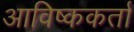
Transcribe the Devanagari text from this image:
आविष्ककर्ता